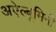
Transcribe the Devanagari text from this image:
अऐल्बूमिनी